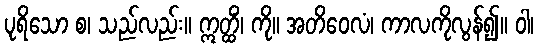
ပုရိသော စ၊ သည်လည်း။ ဣတ္ထိံ၊ ကို။ အတိဝေလံ၊ ကာလကိုလွန်၍။ ဝါ၊